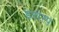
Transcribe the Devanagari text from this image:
इरास्प